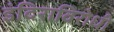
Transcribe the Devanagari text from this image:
इंदिराविरोधी